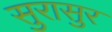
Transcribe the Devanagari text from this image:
सुरासुर